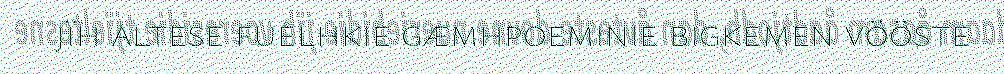
jïh altese fuelhkie gæmhpoeminie bigkemen vööste